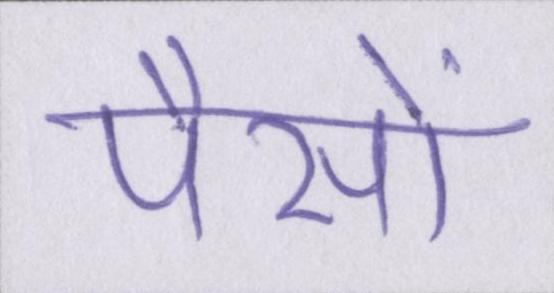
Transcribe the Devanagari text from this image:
पैसों